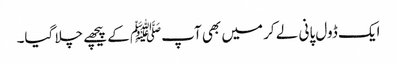
ایک ڈول پانی لے کر میں بھی آپﷺ کے پیچھے چلا گیا۔